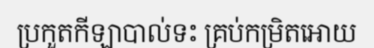
ប្រកួតកីឡាបាល់ទះ គ្រប់កម្រិតអោយ